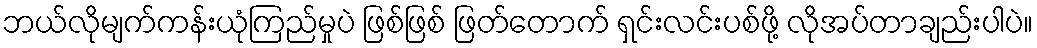
ဘယ်လိုမျက်ကန်းယုံကြည်မှုပဲ ဖြစ်ဖြစ် ဖြတ်တောက် ရှင်းလင်းပစ်ဖို့ လိုအပ်တာချည်းပါပဲ။